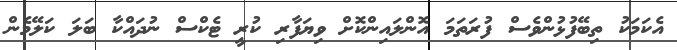
އެކަމަކު ތިބޭފުޅުންވެސް ފުރަތަމަ އޮންލައިންކޮށް ވިޔަފާރި ކުރީ ޓެކްސް ނުދައްކާ ބަލަ ކަލޭމެން